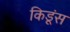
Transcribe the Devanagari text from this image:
किडूंस